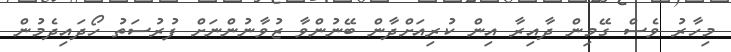
މިހާރު ވެސް ގޭމިން ދާއިރާ އިން ކުރިއަށްދާން ބޭނުންވާ ޒުވާނުންނަށް ފުރުސަތު ހޯދައިދެމުން